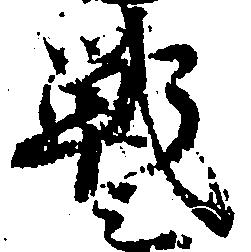
戦